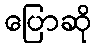
ပြောဆို